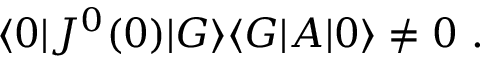
\langle 0 | J ^ { 0 } ( 0 ) | G \rangle \langle G | A | 0 \rangle \neq 0 ~ .